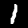
Digit: 1